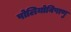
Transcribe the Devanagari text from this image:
पोलियोविषाणु